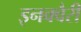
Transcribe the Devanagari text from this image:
इनक्वैरी